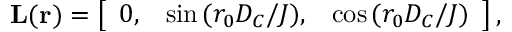
\begin{array} { r } { { \bf { L } } ( { \bf { r } } ) = \left[ \begin{array} { l l l } { 0 , } & { \sin { ( r _ { 0 } D _ { C } / J ) } , } & { \cos { ( r _ { 0 } D _ { C } / J ) } } \end{array} \right] , } \end{array}